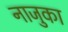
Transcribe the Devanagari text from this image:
नाजुका